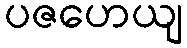
ပဇဟေယျ